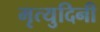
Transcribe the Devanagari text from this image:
मृत्युदिनी